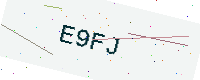
Text: E9FJ